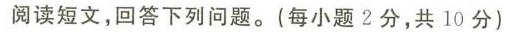
阅读短文,回答下列问题.(每小题2分,共10分)